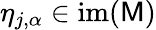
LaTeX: \eta_{j,\alpha}\in\mathrm{im}(\mathsf{M})